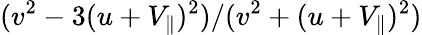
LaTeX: (v^{2}-3(u+V_{\parallel})^{2})/(v^{2}+(u+V_{\parallel})^{2})